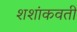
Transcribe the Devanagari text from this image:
शशांकवती